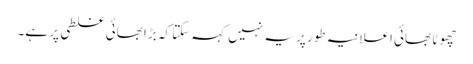
چھوٹا بھائی اعلانیہ طور پر یہ نہیں کہہ سکتا کہ بڑا بھائی غلطی پر ہے۔